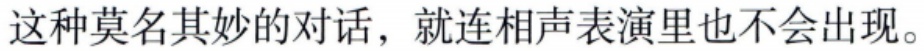
这种莫名其妙的对话，就连相声表演里也不会出现。